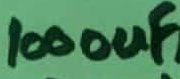
Text: 1000uF